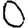
Digit: 0